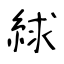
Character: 絿